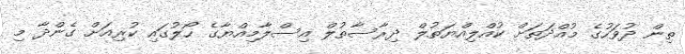
ތިން ދުވަހުގެ މުއްދަތަށް ކުއްލިއްޔަތުލް ދިރާސާތުލް އިސްލާމިއްޔާގެ ހޯލުގައި ކުރިއަށް ގެންދާ މި